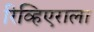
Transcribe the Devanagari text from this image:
रिव्हिएराला